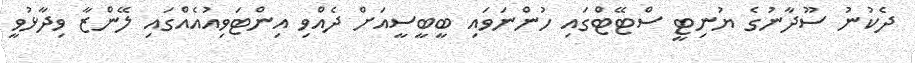
ދެކުނު ސޫދާނުގެ ޔުނިޓީ ސްޓޭޓްގައި ހުންނަވައި ބީބީސީއަށް ދެއްވި އިންޓަވިއުއެއްގައި ލޭންޒާ ވިދާޅުވީ